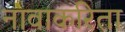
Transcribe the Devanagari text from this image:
नावाकरिता